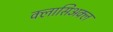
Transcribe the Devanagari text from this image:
क्लासिअक्ल